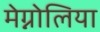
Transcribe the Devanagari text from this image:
मेग्नोलिया